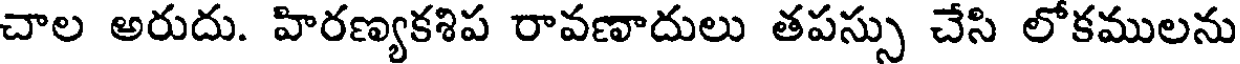
చాల అరుదు. హిరణ్యకశిప రావణాదులు తపస్సు చేసి లోకములను